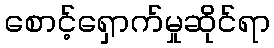
စောင့်ရှောက်မှုဆိုင်ရာ